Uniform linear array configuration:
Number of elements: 24
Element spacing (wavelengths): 1
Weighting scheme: uniform
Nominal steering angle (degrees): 30
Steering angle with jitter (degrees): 31.695
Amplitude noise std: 0.05
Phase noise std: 0.05

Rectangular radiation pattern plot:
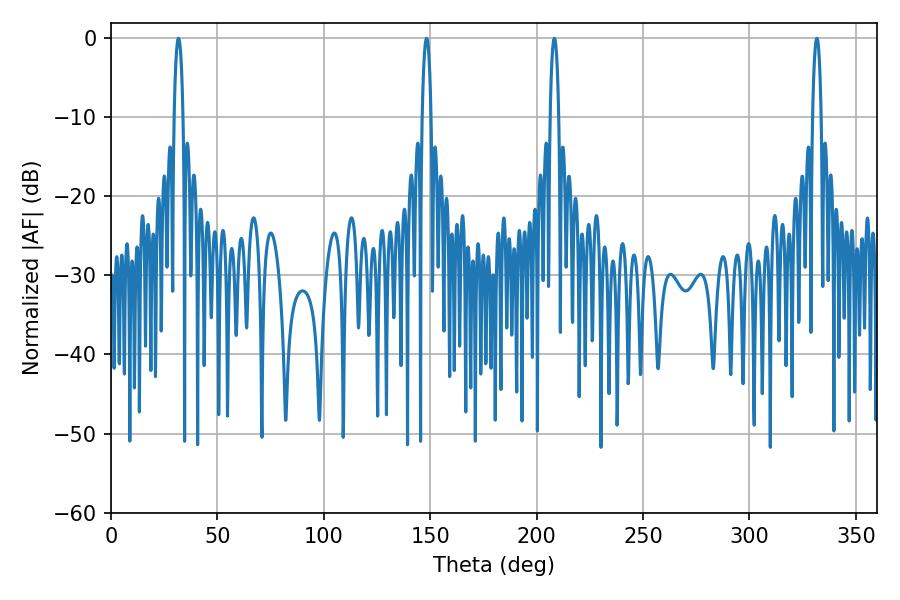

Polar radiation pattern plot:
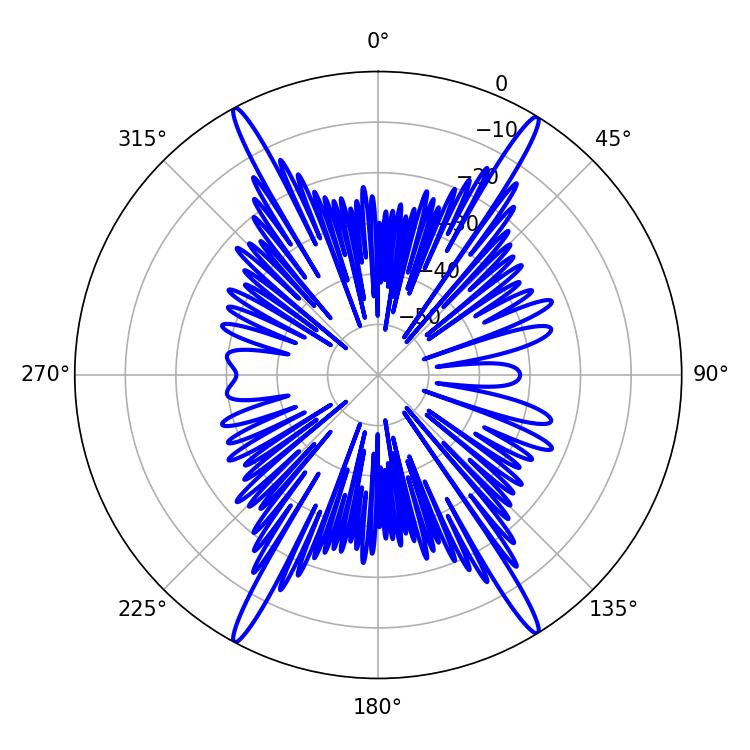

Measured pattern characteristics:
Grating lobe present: TRUE
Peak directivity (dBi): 24.537
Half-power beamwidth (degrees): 2.34
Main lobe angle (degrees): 31.68